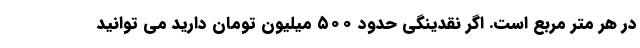
در هر متر مربع است. اگر نقدینگی حدود ۵۰۰ میلیون تومان دارید می توانید